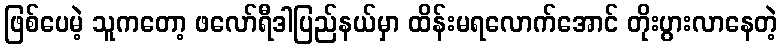
ဖြစ်ပေမဲ့ သူကတော့ ဖလော်ရီဒါပြည်နယ်မှာ ထိန်းမရလောက်အောင် တိုးပွားလာနေတဲ့